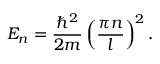
E _ { n } = \frac { \hbar ^ { 2 } } { 2 m } \left( \frac { \pi n } { l } \right) ^ { 2 } .